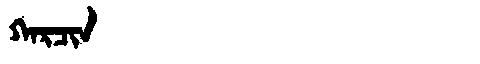
Manchu: ᡴᠠᡵᠴᡳᠨ
Romanization: KARCIN